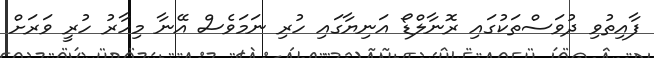
ފާއިތުވި ދުވަސްތަކުގައި ރޮނާލްޑޯ އަނިޔާގައި ހުރި ނަމަވެސް އޭނާ މިހާރު ހުރީ ވަރަށް